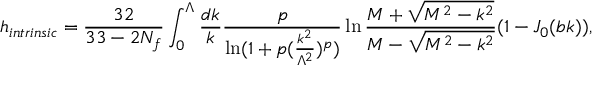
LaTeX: h _ { i n t r i n s i c } = { \frac { 3 2 } { 3 3 - 2 N _ { f } } } \int _ { 0 } ^ { \Lambda } { \frac { d k } { k } } { \frac { p } { \ln ( 1 + p ( { \frac { k ^ { 2 } } { \Lambda ^ { 2 } } } ) ^ { p } ) } } \ln { \frac { M + \sqrt { M ^ { 2 } - k ^ { 2 } } } { M - \sqrt { M ^ { 2 } - k ^ { 2 } } } } ( 1 - J _ { 0 } ( b k ) ) ,